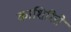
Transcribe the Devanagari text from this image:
काशिरित्ते